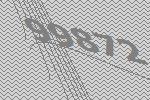
99872